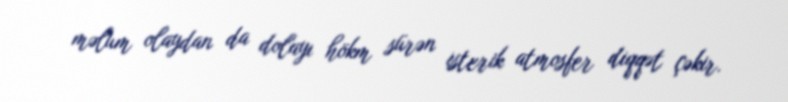
məlum olaydan da dolayı hökm sürən isterik atmosfer diqqət çəkir.